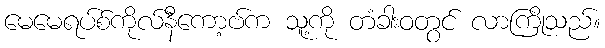
မေမေရပ်စ်ကိုလ်နီကော့ဗ်က သူ့ကို တံခါးဝတွင် လာကြိုသည်။